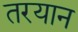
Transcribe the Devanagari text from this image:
तरयान